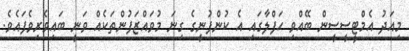
މިއަދު އެމްޓީސީސީން ބޭއްވި ހަފްލާގައި އެ ކުންފުނީގެ ގިނަ މުވައްޒަފުންތަކެއް ވަނީ ބައިވެރިވެފައެވެ.